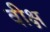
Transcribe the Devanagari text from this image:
वीक्ष